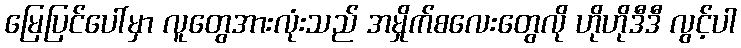
မြေပြင်ပေါ်မှာ လူတွေအားလုံးသည် အမှိုက်စလေးတွေလို ဟိုဟိုဒီဒီ လွင့်ပါ